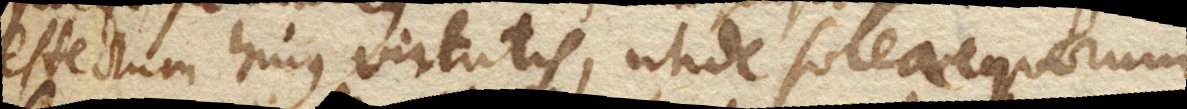
effectum hujus virtutis, unde solea equorum